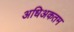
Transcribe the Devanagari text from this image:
अधिअकतम